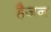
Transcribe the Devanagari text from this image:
हैजन